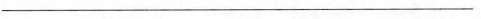
___